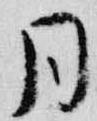
同